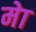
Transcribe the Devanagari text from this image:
मेा